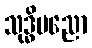
သုဒ္ဓိပညော